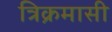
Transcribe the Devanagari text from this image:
त्रिक्रमासी